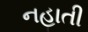
નહાતી